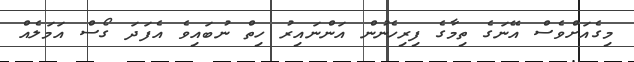
މިގެއަށްވެސް އޭނަގެ ތިމާގެ ފިރިހެނުން އަންނައިރު ހިތް ނުބައިވެ އެފަދަ ގޯސް އަމަލެއް